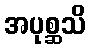
အပုစ္ဆသိ